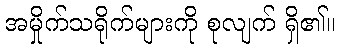
အမှိုက်သရိုက်များကို စုလျက် ရှိ၏။